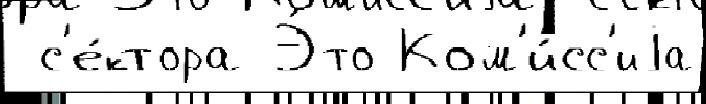
 с'е́ктора Э́то Ком'и́сс'иjа